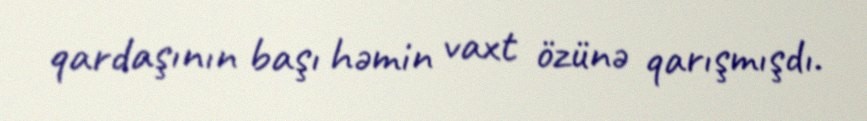
qardaşının başı həmin vaxt özünə qarışmışdı.